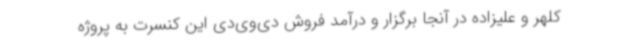
کلهر و علیزاده در آنجا برگزار و درآمد فروش دی‌وی‌دی این کنسرت به پروژه